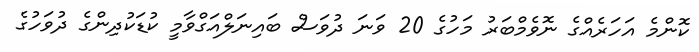
ކޮންމެ އަހަރެއްގެ ނޮވެމްބަރު މަހުގެ 20 ވަނަ ދުވަސް ބައިނަލްއަގްވާމީ ކުޑަކުދިންގެ ދުވަހުގެ